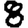
Digit: 8